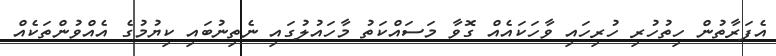
އެފަރާތުން ހިތުހުރި ހުރިހައި ވާހަކައެއް ގޮވާ މަސައްކަތު މާހައުލުގައި ނެތިނުބައި ކިޔުމުގެ އެއްވުންތަކެއް